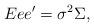
LaTeX: \begin{align*}Eee^{\prime }=\sigma ^{2}\Sigma , \end{align*}